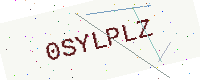
Text: 0SYLPLZ